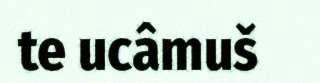
te ucâmuš